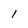
Character: I